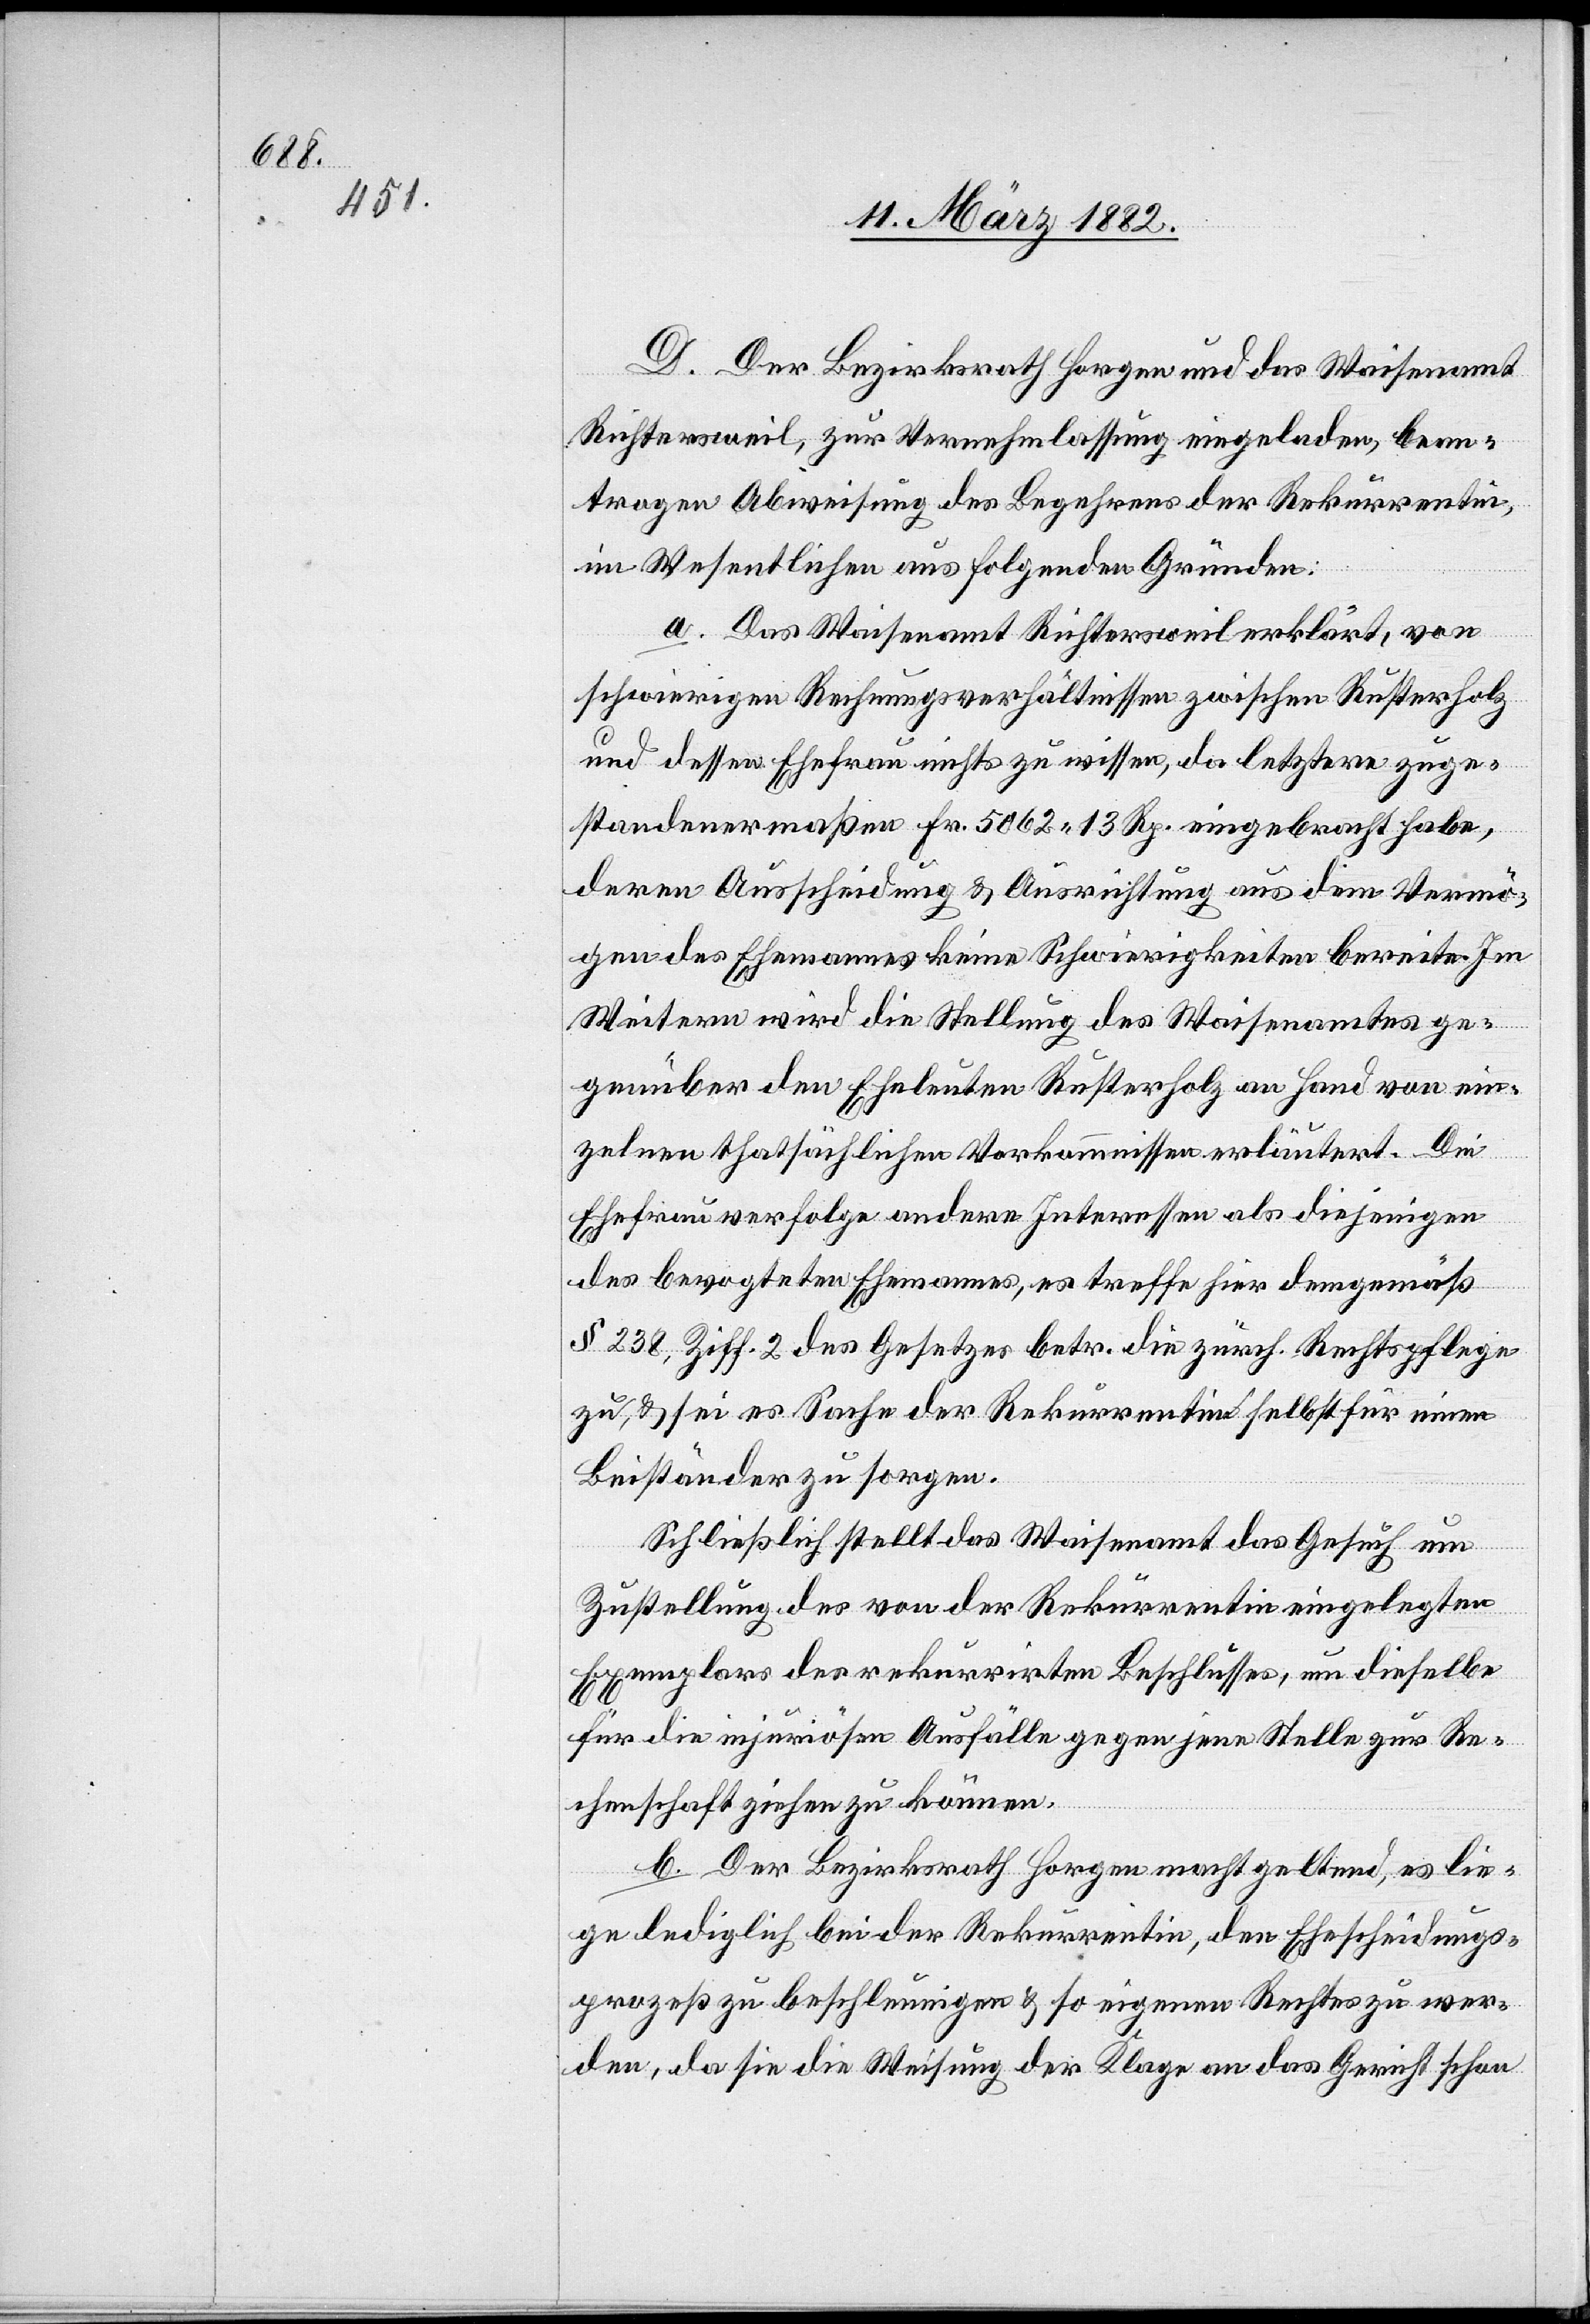
D. Der Bezirksrath Horgen und das Waisenamt
Richtersweil, zur Vernehmlassung eingeladen, bean¬
tragen Abweisung des Begehrens der Rekurrentin,
im Wesentlichen aus folgenden Gründen:
a. Das Waisenamt Richtersweil erklärt, von
schwierigen Rechnungsverhältnissen zwischen Rusterholz
und dessen Ehefrau nichts zu wissen, da letztere zuge¬
standenermaßen Fr. 5062 13 Rp. eingebracht haben,
deren Ausscheidung & Ausrichtung aus dem Vermö¬
gen des Ehemannes keine Schwierigkeiten bereiten. Im
Weiteren wird die Stellung des Waisenamtes ge¬
genüber den Eheleuten Rusterholz an Hand von ein¬
zelnen thatsächlichen Vorkommnissen erläutert. Die
Ehefrau verfolge andere Interessen als diejenigen
des bevogteten Ehemannes, es treffe hier demgemäß
§ 238, Ziff. 2 des Gesetzes betr. die zürch. Rechtspflege
zu, & sei es Sache der Rekurrentin selbst für einen
Beiständer zu sorgen.
Schließlich stellt das Waisenamt das Gesuch um
Zustellung des von der Rekurrentin eingelegten
Exemplares des rekurrierten Beschlusses, um dieselbe
für die injuriöse Ausfälle gegen jene Stelle zur Re¬
chenschaft ziehen zu können.
b. Der Bezirksrath Horgen macht geltend, es lie¬
ge lediglich bei der Rekurrentin, den Ehescheidungs¬
prozeß zu beschleunigen & so eigenen Rechtes zu wer¬
den, da sie die Weisung der Klage an das Gericht schon